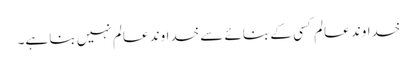
خداوند عالم کسی کے بنائے سے خداوند عالم نہیں بنا ہے۔